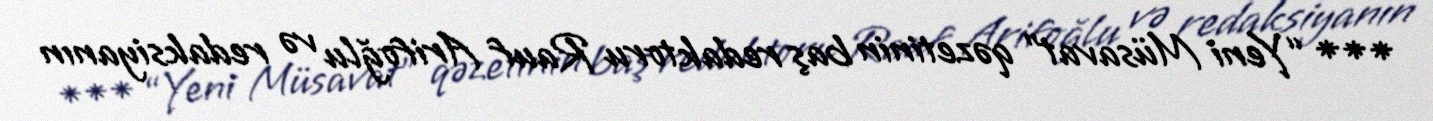
*** “Yeni Müsavat” qəzetinin baş redaktoru Rauf Arifoğlu və redaksiyanın